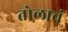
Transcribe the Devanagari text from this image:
तोलाचं